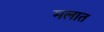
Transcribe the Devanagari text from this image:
मलात